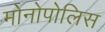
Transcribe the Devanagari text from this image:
मोनोपोलिस